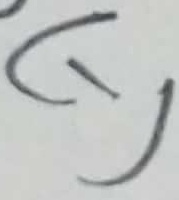
Text: (-)